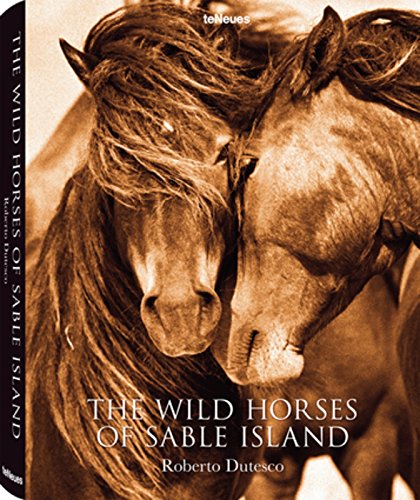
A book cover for The Wild Horses of Sable Island; Arts & Photography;